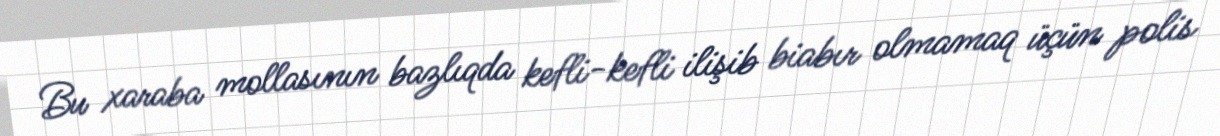
Bu xaraba mollasının bazlıqda kefli-kefli ilişib biabır olmamaq üçün polis